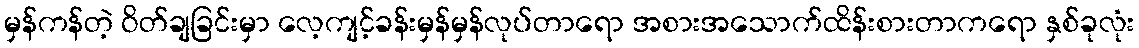
မှန်ကန်တဲ့ ဝိတ်ချခြင်းမှာ လေ့ကျင့်ခန်းမှန်မှန်လုပ်တာရော အစားအသောက်ထိန်းစားတာကရော နှစ်ခုလုံး